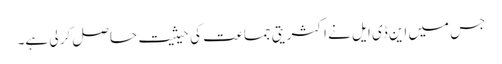
جس میں این ڈی ایل نے اکثریتی جماعت کی حیثیت حاصل کر لی ہے۔